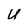
Character: U